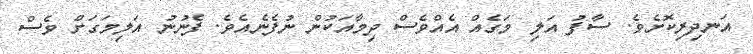
އަނދިރިކޮށެވެ. ސާފު އަލި މަގެއް އެއްވެސް ދިމާއަކުން ނުފެނެއެވެ. ފެނުނު އަލިމަގަށް ވެސް